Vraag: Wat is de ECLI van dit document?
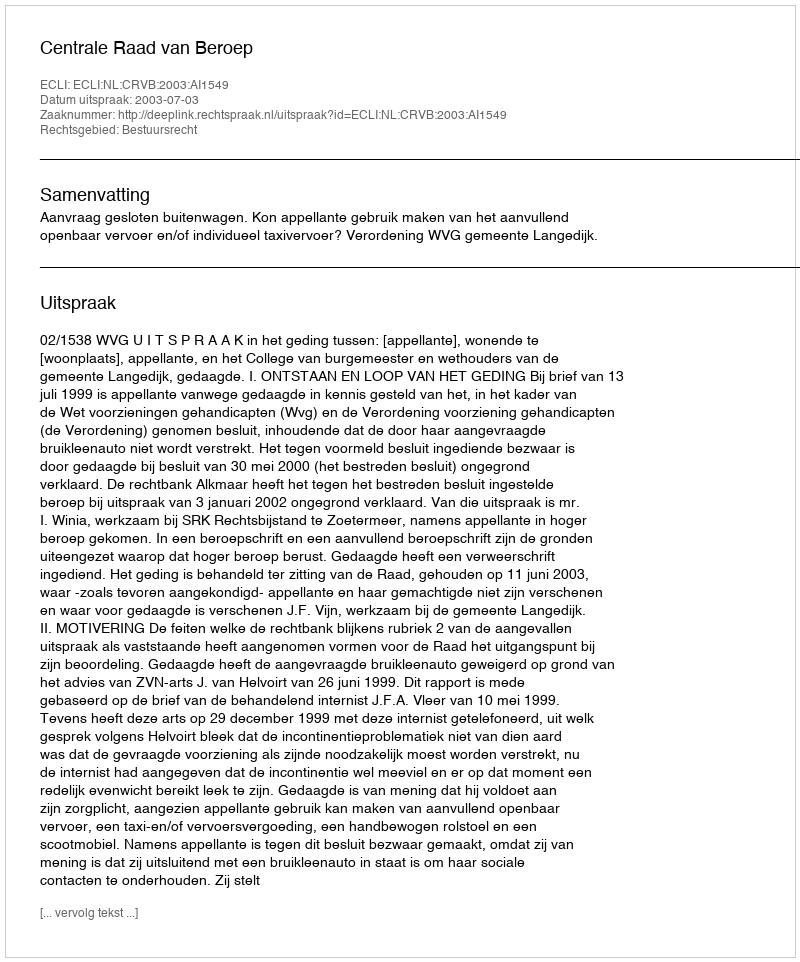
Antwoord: ECLI:NL:CRVB:2003:AI1549